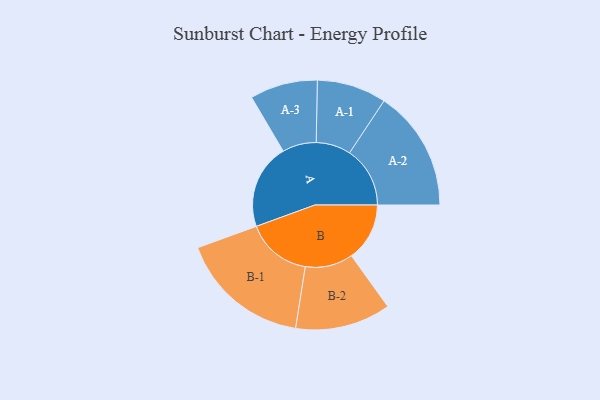
{"axis": {"x": "Segment", "y": "Value"}, "legend": ["", "A", "B"], "data": [{"x": "A", "y": 294, "type": ""}, {"x": "B", "y": 201, "type": ""}, {"x": "A-1", "y": 120, "type": "A"}, {"x": "A-2", "y": 209, "type": "A"}, {"x": "A-3", "y": 117, "type": "A"}, {"x": "B-1", "y": 226, "type": "B"}, {"x": "B-2", "y": 165, "type": "B"}]}